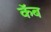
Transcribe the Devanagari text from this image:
कॅब